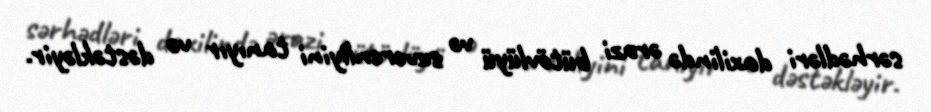
sərhədləri daxilində ərazi bütövlüyü və suverenliyini tanıyır və dəstəkləyir.